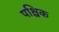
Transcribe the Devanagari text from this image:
पश्चिक